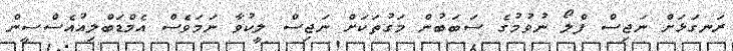
ރަނގަޅަށް ނަޖިސް ފްލޯ ނުވުމުގެ ސަބަބުން މަގުތަކަށް ނަޖިސް ލީކުވާ ނަމަވެސް އެމްޑަބްލިއުއެސްސީން